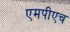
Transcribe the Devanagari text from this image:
एमपीएच